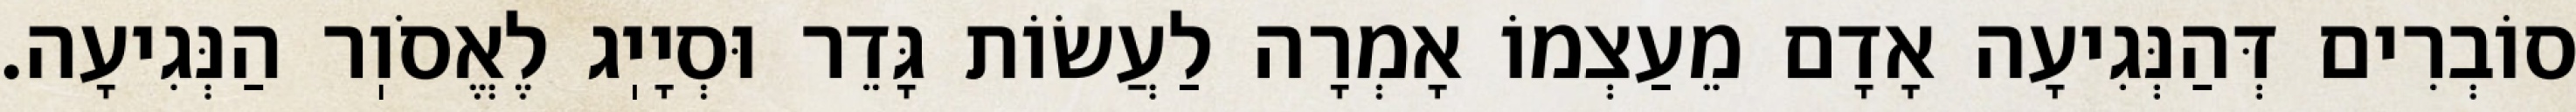
סוֹבְרִים דְּהַנְּגִיעָה אָדָם מֵעַצְמוֹ אָמְרָה לַעֲשׂוֹת גָּדֵר וּסְיָיֽג לֶאֱסֹוֽר הַנְּגִיעָה.